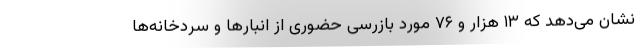
نشان می‌دهد که ۱۳ هزار و ۷۶ مورد بازرسی حضوری از انبارها و سردخانه‌ها